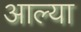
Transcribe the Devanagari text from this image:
अाल्या